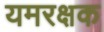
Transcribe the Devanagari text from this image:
यमरक्षक